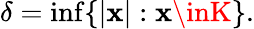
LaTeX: \delta=\operatorname*{inf}\{ |\mathbf{x}|:\mathbf{x}\inK\} .